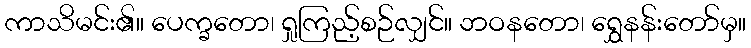
ကာသိမင်း၏။ ပေက္ခတော၊ ရှုကြည့်စဉ်လျှင်။ ဘဝနတော၊ ရွှေနန်းတော်မှ။